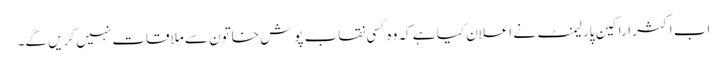
اب اکثر اراکین پارلیمنٹ نے اعلان کیا ہے کہ وہ کسی نقاب پوش خاتون سے ملاقات نہیں کریں گے۔